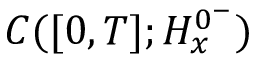
C ( [ 0 , T ] ; H _ { x } ^ { 0 ^ { - } } )